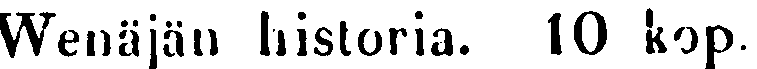
Wenäjän historia. 10 kop.